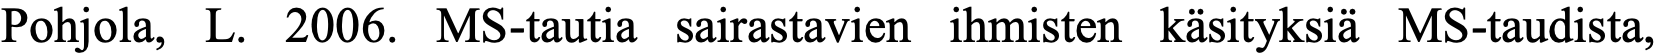
Pohjola, L. 2006. MS-tautia sairastavien ihmisten käsityksiä MS-taudista,